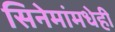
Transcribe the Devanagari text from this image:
सिनेमांमधेही